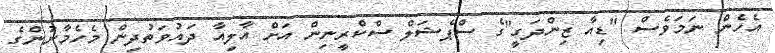
އެހެން ނަމަވެސް "ޑިއާ ޒިންދަގީ"ގެ ސްޕެޝަލް ސްކްރީނިން އަށް އާލިއާ ދައުވަތުދިން މެހެމާނުންގެ